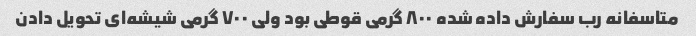
متاسفانه رب سفارش داده شده ٨٠٠ گرمی قوطی بود ولی ٧٠٠ گرمی شیشه‌ای تحویل دادن